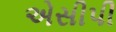
એસીપી